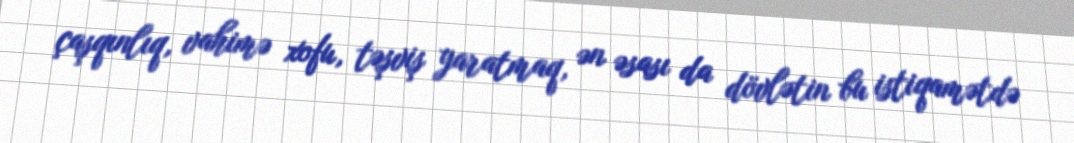
çaşqınlıq, vahimə xofu, təşviş yaratmaq, ən əsası da dövlətin bu istiqamətdə